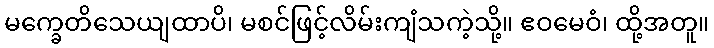
မက္ခေတိသေယျထာပိ၊ မစင်ဖြင့်လိမ်းကျံသကဲ့သို့။ ဧဝမေဝံ၊ ထို့အတူ။